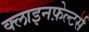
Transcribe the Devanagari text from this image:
क्लाइनफ़ेल्टर्स